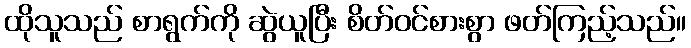
ထိုသူသည် စာရွက်ကို ဆွဲယူပြီး စိတ်ဝင်စားစွာ ဖတ်ကြည့်သည်။